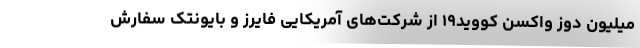
میلیون دوز واکسن کووید۱۹ از شرکت‌های آمریکایی فایرز و بایونتک سفارش